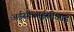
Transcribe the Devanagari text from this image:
अईसीआईसीआई